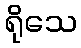
ရိုသေ